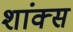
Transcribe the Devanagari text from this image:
शांक्स